Vital statistics of India. Vol. VI, European troops 1870-79
Year: 1870
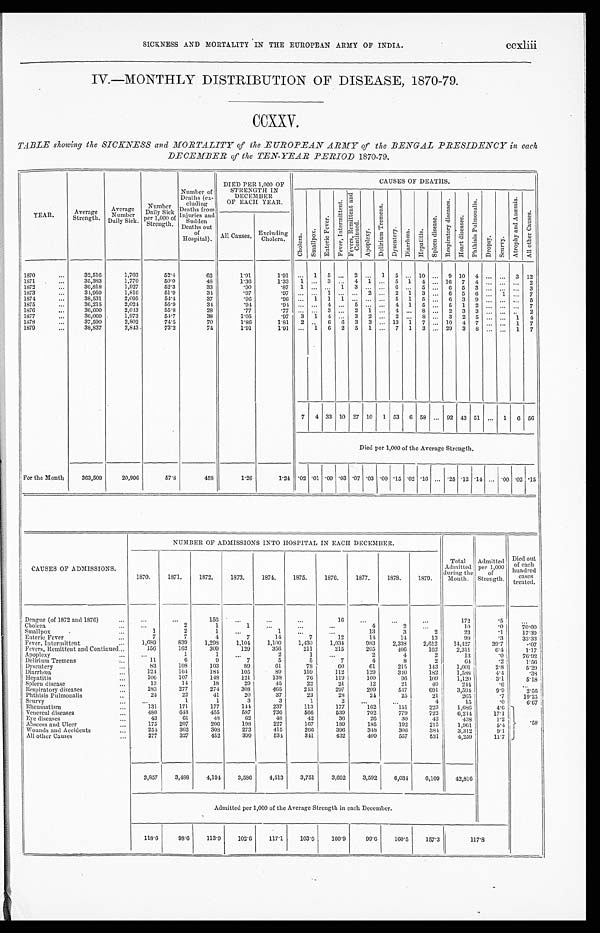
SICKNESS AND MORTALITY IN THE EUROPEAN ARMY OF INDIA.
ccxliii
IV.—MONTHLY DISTRIBUTION OF DISEASE, 1870-79.
CCXXV.
TABLE showing the SICKNESS and MORTALITY of the EUROPEAN ARMY of the BENGAL PRESIDENCY in each
DECEMBER of the TEN-YEAR PERIOD 1870-79.
YEAR.
Average
Strength.
Average
Number
Daily Sick.
Number
Daily Sick
per 1,000 o f S t r e n g t h .
N u m b e r o f D e a t h s ( e x - c l u d i n g D e a t h s f r o m I n j u r i e s a n d s u d d e n D e a t h s o u t o f H o s p i t a l s . )
D I E D P E R 1 , 0 0 0 O F S T R E N G T H I N D E C E M B E R O F E A C H Y E A R .
CAUSES OF DEATHS.
C h o l e r a .
Smallpox.
E n t e r i c F e v e r .
F e v e r , I n t e r m i t t e n t .
F e v e r s R e m i t t e n t a n d C o n t i n u e d .
A p o p l e x y .Del i ri um Tremens.Dysentery. Diarrhœa.
H e p a t i t i s .Spl een di sease.
R e s p i r a t o r y d i s e a s e s .
H e a r t d i s e a s e s . P h t h i s i s P u l mo n a l i s .
DropsyScurvy. A t r o p h y a n d A n æ m i a .
All other Causes.
All Causes.
E x c l u d i n g C h o l e r a .
1870
. . .
32,516
1,703
52.4
62
1.91
1.91
. . .
1
5
...
2
...
1
5
...
10
...
9
10
4
...
...
3
12
1S71
...
35,383
1,770
50.0
48
1.36
1.33
1 ...
3
...
4
1
...
5
1
4
...
16
7
4
...
...
...
2
1872
...
36,818
1,927
52.3
33
.90
.87
1
...
...
1
3
. . . ...
6
...
5 ...
6
5
3 ... ...
...
3
1873
...
31,959
1,816
51.9
34
.97
.97
. . . ...
1
...
...
2 ...
2
1
3 ...
6
5
6 ...
1
...
7
1874
...
38,531
2,095
54.4
37
.96
.96
...
1
1
1 ...
...
... 5
1
5
...
6
3
9
...
...
...
5
1875
...
36,215
2,024
55.9
34
.94
.94
...
...
4
...
5
. . . ...
4
1
5 ...
5
1
2
3
...
...
...
7
1876
...
36,600
2,043
55.8
28
.77
.77
...
...
3 ...
2
1 ... 4
...
8 ... 2
3
... ...
. . .
2
1877
. . .
36,060
1,973
54.7
38
. 9 7
.97
3
1
4
...
3
2
...
2
...
8
...
3
2
5
... ...
1
4
1878
...
37,590
2,802
74.5
70
1.81
1.81
2 ...
6 6
3
3
...
13 1
7
... 10
4
7 ...
...
1
7
1879
...
38,S37
2,843.
73.2
74
1.91
1.91
...
1
6
2
5
1 ...
7
1
3
... 29
3
S
...
...
1
7
7
4
33
10
27
10
1
53
6
58
...
92
43
51
...
1
6
50
Died per 1,000 of the Average Strength.
For the Month
363,509
20,996
57.8
458
1.26
1 . 2 4 .02. '01
.09
.03 .07 .03 .00 .15 .02 .16
...
.25 .12 .14 ... .00 .02 .15
CAUSES OF ADMISSIONS.
NUMBER OF ADMISSIONS INTO HOSPITAL IN EACH DECEMBER.
1870.
1871.
1872.
1373.
1874.
1875.
1876.
1877.
1878.
1879.
Total
Admitted
during the
Month.
Admitted
per 1,000
of
Strength.
Died o ut
of each
hundred
cases
treated.
Dengue (of 1872 and 1876)
...
. . .
...
156
. . .
...
...
1 6
. . .
...
...
172
. 5
. . .
Cholera
. . .
...
2
1
1
. . .
. . .
. . .
4
2
. . .
10
. 0
70.00
Smallpox
. . .
1
2
1
. . .
1
...
. . .
1 3
3
2
2 3
. 1
1 7 . 3 9
Enteric Fever
....
7
7
4
7
1 4
7
1 2
1 4
1 4
1 3
9 9
. 3
33.33
Fever, Intermittent
...
1,689
839
1,298
1,104
1,100
1,430
1,034
983
2,338
2,612
14,427
39.7
.07
Fevers, Remittent and Continued
. . .
156
162
309
129
3 5 6
2 1 1
215
2 0 5
4 0 6
1 6 2
2 , 3 1 1
6 . 4
1 . 1 7
Apoplexy
...
...
1
1
...
2
1
...
2
4
2
1 3
. 0
7 6 . 9 2
Delirium Tremens
. . .
11
6
9
7
5
5
7
4
8
2
6 4
. 2
1.56
Dysentery
...
83
108
103
89
6 1
7 8
6 0
6 1
2 1 5
1 4 3
1,001
2 . 8
5.29
Diarrhœa.
. . .
124
164
184,
105
8 9
1 5 9
1 1 2
1 2 9
3 4 0
1 8 2
1,588
4 . 4
.38
Hepatitis
. . .
106
107
148
121
138
76
119
100
96
109
1,120
3.1
5 . 1 8
Spleen disease
...
13
14
18
29
45
22
21
12
21
49
244
. 6
. . .
Respiratory diseases
. . .
283
277
274
308
465
243
297
209
547
691
3,594
9.9
2.56
Phthisis Pulmonalis
. . .
24
22
41
20
37
23
28
24
25
2 1
265
. 7
19.25
Scurvy
. . .
. . .
1
1
3
3
1
2
. . .
. . .
4
15
. 0
6.67
Rheumatism
...
131
171
177
144
237
113
177
162
1 5 1
223
1,686
4.6
Venereal diseases
...
480
648
455
587
736
566
539
702
779
722
6,214
17.1
Eye diseases
. . .
43
61
48
62
48
42
36
26
30
42
438
1 . 2
. 5 8
Abscess and Ulcer
...
175
207
206
198
227
167
189
185
192
215
1,961
5.4
Wounds and Accidents
. . .
254
362
308
273
415
266
396
348
306
384
3,312
9 . 1
All other Causes
...
277
327
452
399
534
341
432
409
557
531
4,256
1 1 . 7
3,857
3,488
4,194
3,586
4,513
3,751
3,692
3,592
6,034
6,109
42,816
Admitted per 1,000 of the Average Strength in each December.
118.0
93.0
113.9
102.6
117.1
103.6
100.9
99.6
160.5
157.3
1 1 7 . 8